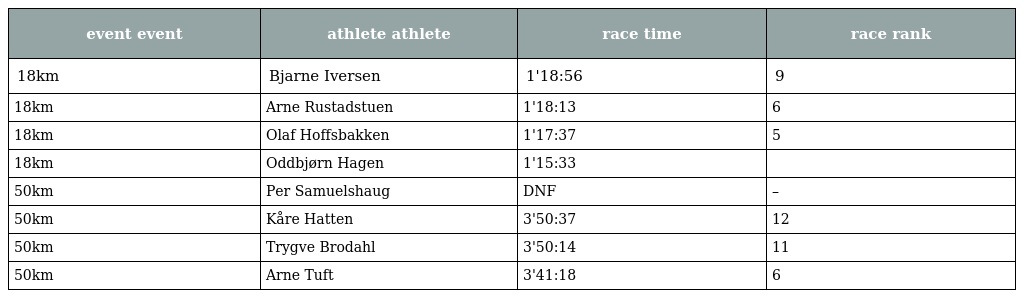
| event event | athlete athlete | race time | race rank |
 | --- | --- | --- | --- |
 | 18km | Bjarne Iversen | 1'18:56 | 9 |
 | 18km | Arne Rustadstuen | 1'18:13 | 6 |
 | 18km | Olaf Hoffsbakken | 1'17:37 | 5 |
 | 18km | Oddbjørn Hagen | 1'15:33 |  |
 | 50km | Per Samuelshaug | DNF | – |
 | 50km | Kåre Hatten | 3'50:37 | 12 |
 | 50km | Trygve Brodahl | 3'50:14 | 11 |
 | 50km | Arne Tuft | 3'41:18 | 6 |